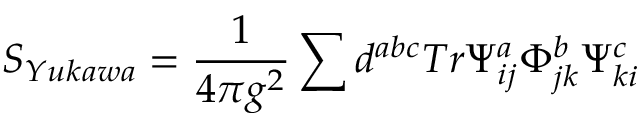
S _ { Y u k a w a } = \frac { 1 } { 4 \pi g ^ { 2 } } \sum d ^ { a b c } T r \Psi _ { i j } ^ { a } \Phi _ { j k } ^ { b } \Psi _ { k i } ^ { c }